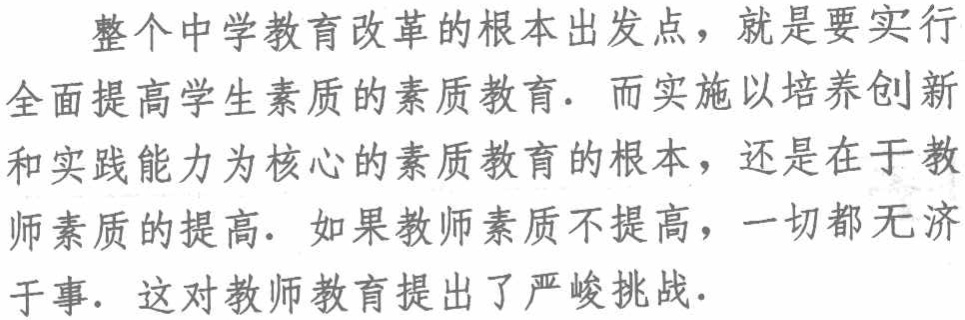
整个中学教育改革的根本出发点，就是要实行全面提高学生素质的素质教育. 而实施以培养创新和实践能力为核心的素质教育的根本，还是在于教师素质的提高. 如果教师素质不提高，一切都无济于事. 这对教师教育提出了严峻挑战.